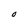
Character: O